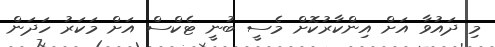
މި ދައުވާ އަށް އިންކާރުކޮށް މެސީ ބުނީ ޓެކްސް އަށް މަކަރު ހަދަން